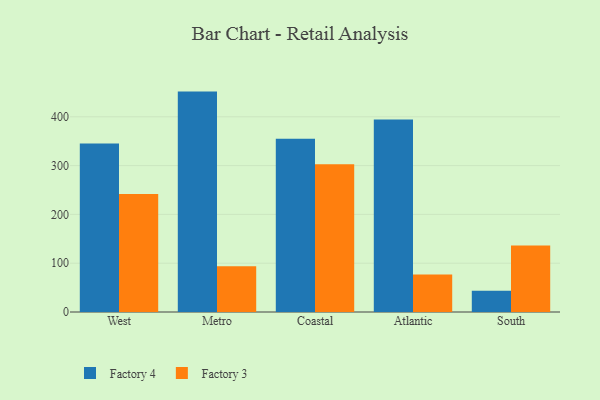
{"axis": {"x": "Region", "y": "Revenue (USD Million)"}, "legend": ["Factory 3", "Factory 4"], "data": [{"x": "West", "y": 345.3, "type": "Factory 4"}, {"x": "West", "y": 242.0, "type": "Factory 3"}, {"x": "Metro", "y": 451.6, "type": "Factory 4"}, {"x": "Metro", "y": 93.8, "type": "Factory 3"}, {"x": "Coastal", "y": 354.8, "type": "Factory 4"}, {"x": "Coastal", "y": 302.7, "type": "Factory 3"}, {"x": "Atlantic", "y": 394.4, "type": "Factory 4"}, {"x": "Atlantic", "y": 77.0, "type": "Factory 3"}, {"x": "South", "y": 43.5, "type": "Factory 4"}, {"x": "South", "y": 136.4, "type": "Factory 3"}]}